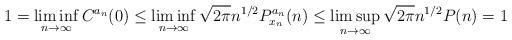
LaTeX: \begin{align*} 1=\liminf_{n\to\infty} C^{a_n}(0)\le \liminf_{n\to\infty} \sqrt{2\pi}n^{1/2}P^{a_n}_{x_n}(n) \le \limsup_{n\to\infty}\sqrt{2\pi}n^{1/2}P(n)= 1 \end{align*}